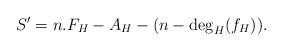
LaTeX: \begin{align*}S' = n.F_H - A_H - (n-\deg_H(f_H)).\end{align*}